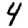
Digit: 4